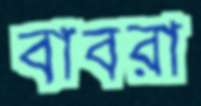
বাবরা